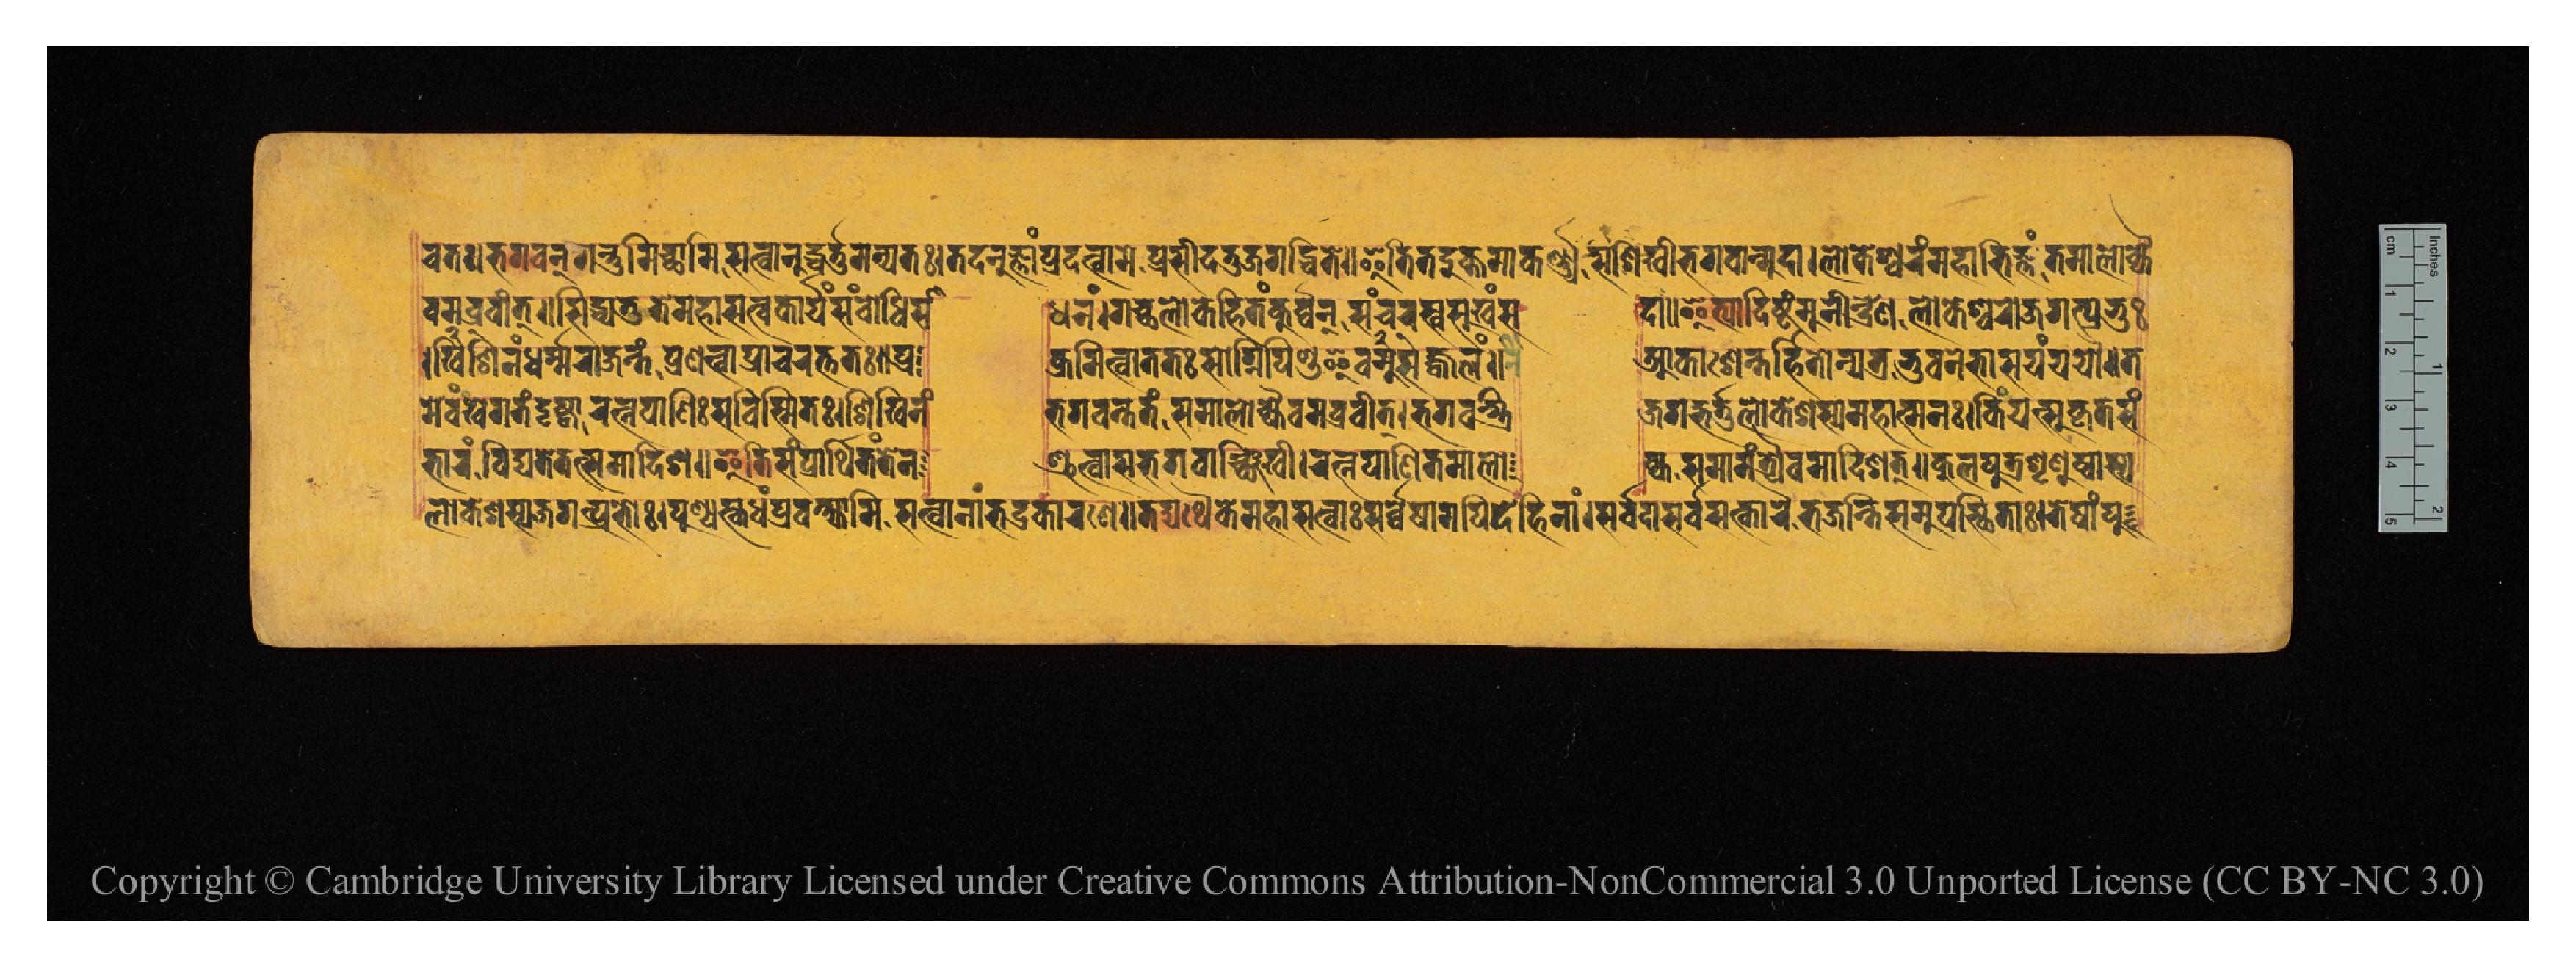
𑐔𑐟𑑌𑐨𑐐𑐰𑐣𑑂𑐐𑐣𑑂𑐟𑐸𑐩𑐶𑐔𑑂𑐕𑐵𑐩𑐶𑐳𑐟𑑂𑐰𑐵𑐣𑐸𑐡𑑂𑐢𑐬𑑂𑐟𑐸𑐩𑐣𑑂𑐫𑐟𑑅𑑋𑐟𑐡𑐣𑐸𑐖𑑂𑐘𑐵𑑄𑐥𑑂𑐬𑐡𑐟𑑂𑐰𑐵𑐩𑐾𑐥𑑂𑐬𑐳𑐷𑐡𑐟𑐸𑐖𑐐𑐡𑑂𑐢𑐶𑐟𑐾𑑌𑐂𑐟𑐶𑐟𑐡𑐸𑐎𑑂𑐟𑐩𑐵𑐎𑐬𑑂𑐞𑑂𑐫𑐳𑐱𑐶𑐏𑐷𑐨𑐐𑐰𑐵𑐣𑑂𑐩𑐸𑐡𑐵𑑋𑐮𑑀𑐎𑐾𑐱𑑂𑐰𑐬𑑄𑐩𑐴𑐵𑐨𑐶𑐖𑑂𑐘𑑄𑐟𑐩𑐵𑐮𑑀𑐎𑑂𑐫𑐵𑐂 𑐰𑐩𑐧𑑂𑐬𑐰𑐷𑐟𑑂𑑌𑐳𑐶𑐢𑑂𑐫𑐟𑐸𑐟𑐾𑐩𑐴𑐵𑐳𑐟𑑂𑐰𑐎𑐵𑐬𑑂𑐫𑑄𑐳𑑄𑐧𑑀𑐢𑐶𑐳𑐵  𑐢𑐣𑑄𑑋𑐐𑐔𑑂𑐕𑐮𑑀𑐎𑐾𑐴𑐶𑐟𑑄𑐎𑐸𑐬𑑂𑐰𑐣𑑂𑐳𑐘𑑂𑐔𑐬𑐳𑑂𑐰𑐳𑐸𑐏𑑄𑐳  𑐡𑐵𑑌𑐂𑐟𑑂𑐫𑐵𑐡𑐶𑐲𑑂𑐚𑑄𑐩𑐸𑐣𑐷𑐣𑑂𑐡𑑂𑐬𑐾𑐞𑐮𑑀𑐎𑐾𑐱𑑂𑐰𑐬𑑀𑐖𑐐𑐟𑑂𑐥𑑂𑐬𑐨𑐸𑑅 𑑋𑐱𑐶𑐏𑐶𑐣𑑄𑐢𑐬𑑂𑐩𑑂𑐩𑐬𑐵𑐖𑑄𑐟𑑄𑐥𑑂𑐬𑐞𑐟𑑂𑐰𑐵𑐥𑑂𑐬𑐵𑐔𑐬𑐟𑑂𑐟𑐟𑑅𑑋𑐥𑑂𑐬  𑐎𑑂𑐬𑐩𑐶𑐟𑑂𑐰𑐵𑐟𑐟𑑅𑐳𑑀𑐐𑑂𑐣𑐶𑐥𑐶𑐞𑑂𑐜𑐿𑐰𑐳𑐩𑐸𑐖𑑂𑐖𑑂𑐰𑐮𑑄𑑌  𑐁𑐎𑐵𑐱𑐾𑐣𑑂𑐟𑐬𑑂𑐴𑐶𑐟𑑀𑐣𑑂𑐫𑐟𑑂𑐬𑐨𑐸𑐰𑐾𑐣𑐾𑐨𑐵𑐳𑐫𑐣𑑂𑐫𑐫𑑁𑑌𑐟 𑐩𑐾𑐰𑑄𑐏𑐾𑐐𑐟𑑄𑐡𑐺𑐲𑑂𑐚𑑂𑐰𑐵𑐬𑐟𑑂𑐣𑐥𑐵𑐞𑐶𑑅𑐳𑐰𑐶𑐳𑑂𑐩𑐶𑐟𑑅𑑋𑐱𑐶𑐏𑐶𑐣𑑄 𑐨𑐐𑐰𑐣𑑂𑐟𑑄𑐟𑑄𑐳𑐩𑐵𑐮𑑀𑐎𑑂𑐫𑐿𑐰𑐩𑐧𑑂𑐬𑐰𑐷𑐟𑑂𑑋𑐨𑐐𑐰𑐣𑑂𑐳𑑂𑐟𑑂𑐬𑐶     𑐖𑐐𑐡𑑂𑐨𑐬𑑂𑐟𑐸𑐬𑑂𑐮𑑀𑐎𑐾𑐀𑐱𑑂𑐳𑑂𑐫𑐩𑐴𑐵𑐣𑑂𑐩𑐣𑑅𑑋𑐎𑐶𑐫𑐟𑑂𑐳𑐸𑐎𑐺𑐟𑐳𑑄 𑐨𑐵𑐬𑑄𑐰𑐶𑐡𑑂𑐫𑐟𑐾𑐟𑐟𑑂𑐳𑐩𑐵𑐡𑐶𑐱𑑌𑐂𑐟𑐶𑐳𑑄𑐥𑑂𑐬𑐵𑐬𑑂𑐠𑐶𑐟𑑄𑐟𑐾𑐣  𑐱𑑂𑐬𑐸𑐟𑑂𑐰𑐵𑐳𑐨𑐐𑐰𑐵𑐘𑑂𑐕𑐶𑐏𑐷𑑋𑐬𑐟𑑂𑐣𑐥𑐵𑐞𑐶𑐳𑑂𑐟𑐩𑐵𑐮𑑀  𑐎𑑂𑐫𑐳𑐩𑐵𑐩𑑄𑐟𑑂𑐬𑑂𑐫𑐿𑐰𑐩𑐵𑐡𑐶𑐱𑐟𑑂𑑌𑐎𑐸𑐮𑐥𑐸𑐟𑑂𑐬𑐱𑐺𑐞𑐸𑐔𑐵𑐳𑑂𑐫  𑐮𑑀𑐎𑐾𑐱𑐳𑑂𑐫𑐖𑐐𑐟𑑂𑐥𑑂𑐬𑐨𑑀𑑅𑑋𑐥𑐸𑐞𑑂𑐫𑐳𑑂𑐎𑐣𑑂𑐢𑑄𑐥𑑂𑐬𑐰𑐎𑑂𑐲𑑂𑐫𑐵𑐩𑐶𑐳𑐟𑑂𑐰𑐵𑐣𑐵𑑄𑐨𑐡𑑂𑐬𑐎𑐵𑐬𑐞𑐾𑑌𑐟𑐡𑑂𑐫𑐠𑐿𑐎𑐾𑐩𑐴𑐵𑐳𑐟𑑂𑐰𑐵𑑅𑐳𑐬𑑂𑐰𑑂𑐰𑐾𑐲𑐵𑐩𑐥𑐶𑐡𑐾𑐴𑐶𑐣𑐵𑑄𑑋𑐳𑐬𑑂𑐰𑑂𑐰𑐡𑐵𑐳𑐬𑑂𑐰𑑂𑐰𑐳𑐟𑑂𑐎𑐵𑐬𑐿𑐬𑑂𑐨𑐖𑐣𑑂𑐟𑐶𑐳𑐩𑐸𑐥𑐳𑑂𑐠𑐶𑐟𑐵𑑅𑑋𑐟𑐾𑐲𑐵𑑄𑐥𑐸